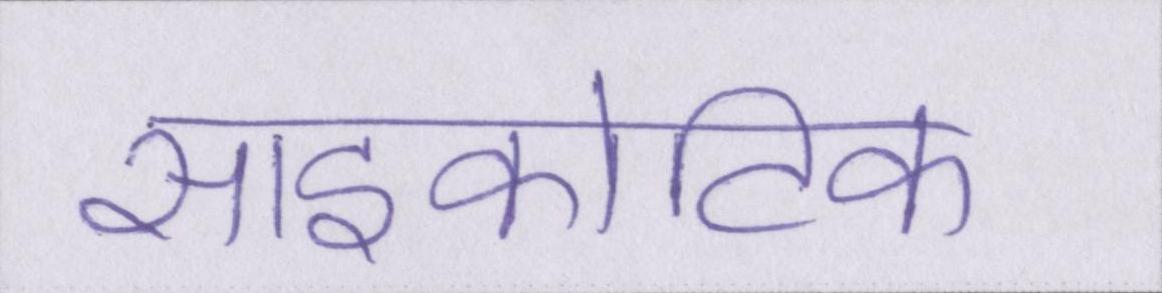
साइकोटिक